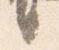
言